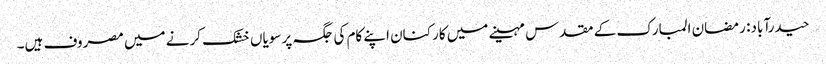
حیدرآباد: رمضان المبارک کے مقدس مہینے میں کارکنان اپنے کام کی جگہ پر سویاں خشک کرنے میں مصروف ہیں۔